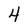
Character: 4